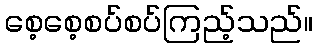
စေ့စေ့စပ်စပ်ကြည့်သည်။